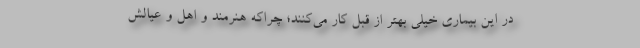
در این بیماری خیلی بهتر از قبل کار می‌کنند؛ چراکه هنرمند و اهل و عیالش